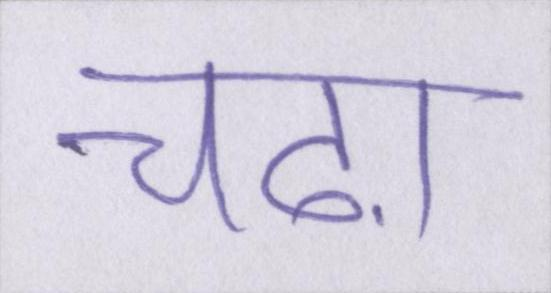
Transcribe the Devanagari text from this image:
चढ़ा